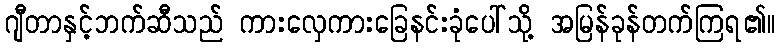
ဂျီတာနှင့်ဘက်ဆီသည် ကားလှေကားခြေနင်းခုံပေါ်သို့ အမြန်ခုန်တက်ကြရ၏။